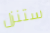
ستنزل